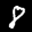
Label: 8